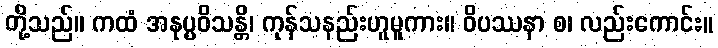
တို့သည်။ ကထံ အနုပ္ပဝိသန္တိ၊ ကုန်သနည်းဟူမူကား။ ဝိပဿနာ စ၊ လည်းကောင်း။